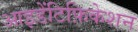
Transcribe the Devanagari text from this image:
आइडेंटिफ़िकेशन